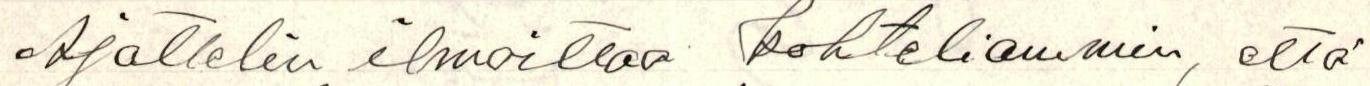
Ajattelin ilmoittaa kohteliammin, että